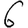
Digit: 6